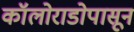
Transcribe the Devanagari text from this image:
कॉलोराडोपासून